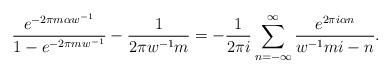
LaTeX: \begin{align*}\frac{e^{-2\pi m \alpha w^{-1}}}{ 1-e^{-2\pi m w^{-1}}} -\frac{1}{ 2 \pi w^{-1} m}= -\frac{1}{2 \pi i}\sum_{n=-\infty }^{\infty } \frac{e^{2\pi i \alpha n}}{w^{-1}mi -n}. \\ \end{align*}